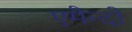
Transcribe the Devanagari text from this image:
एमैन्दो